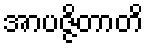
အာပဇ္ဇိတာတိ